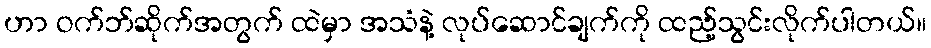
ဟာ ဝက်ဘ်ဆိုက်အတွက် ထဲမှာ အသံနဲ့ လုပ်ဆောင်ချက်ကို ထည့်သွင်းလိုက်ပါတယ်။